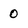
Character: 0